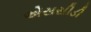
એસસીડી